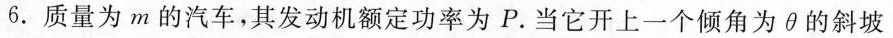
6.质量为m的汽车，其发动机额定功率为P。当它开上一个倾角为θ的斜坡